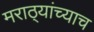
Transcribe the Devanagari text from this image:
मराठ्यांच्याच